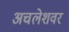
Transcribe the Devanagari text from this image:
अचलेशवर